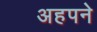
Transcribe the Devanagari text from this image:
अहपने